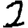
Digit: 2